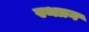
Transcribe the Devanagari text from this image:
स्थाान